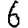
Digit: 6